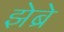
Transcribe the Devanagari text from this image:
झेब्रे